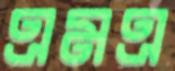
এমএ